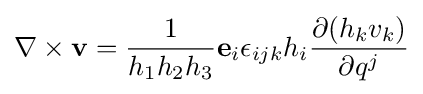
\nabla \times \mathbf {v} ={\frac {1}{h_{1}h_{2}h_{3}}}\mathbf {e} _{i}\epsilon _{ijk}h_{i}{\frac {\partial (h_{k}v_{k})}{\partial q^{j}}}